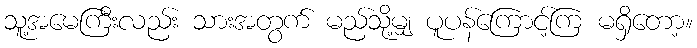
သူ့အမေကြီးလည်း သားအတွက် မည်သို့မျှ ပူပန်ကြောင့်ကြ မရှိတော့။